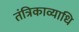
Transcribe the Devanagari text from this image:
तंत्रिकाव्याधि